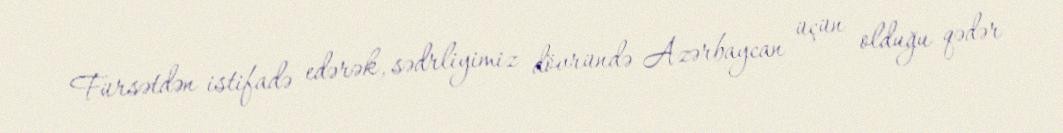
Fürsətdən istifadə edərək, sədrliyimiz dövründə Azərbaycan üçün olduğu qədər